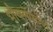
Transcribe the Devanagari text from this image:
भीष्मोपदेश